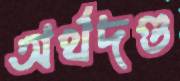
অর্থদণ্ড